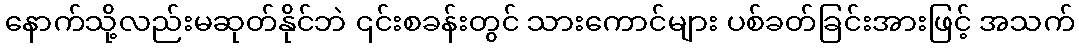
နောက်သို့လည်းမဆုတ်နိုင်ဘဲ ၎င်းစခန်းတွင် သားကောင်များ ပစ်ခတ်ခြင်းအားဖြင့် အသက်